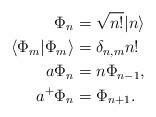
LaTeX: \begin{align*}\Phi_n&=\sqrt{n!}|n\rangle\\ \langle \Phi_m|\Phi_m \rangle &=\delta_{n,m}n!\\ a\Phi_n&=n\Phi_{n-1},\\a^+\Phi_n&=\Phi_{n+1}.\end{align*}